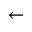
\leftarrow